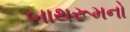
બાથરૂમનો